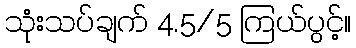
သုံးသပ်ချက် 4.5/5 ကြယ်ပွင့်။